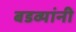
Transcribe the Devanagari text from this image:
बडव्यांनी